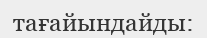
тағайындайды: